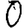
Digit: 0